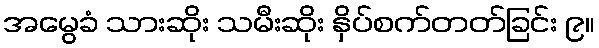
အမွေခံ သားဆိုး သမီးဆိုး နှိပ်စက်တတ်ခြင်း ၉။